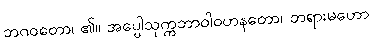
ဘဂဝတော၊ ၏။ အပ္ပေါသုက္ကဘာဝါဝဟနတော၊ တရားမဟော